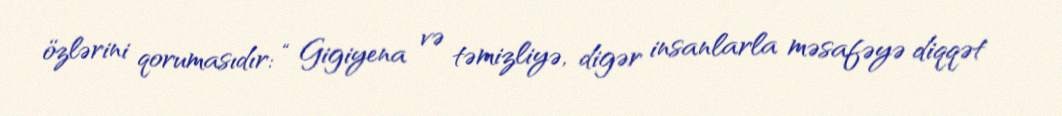
özlərini qorumasıdır: “ Gigiyena və təmizliyə, digər insanlarla məsafəyə diqqət